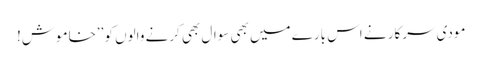
مودی سرکار نے اس بارے میں بھی سوال بھی کرنے والوں کو ’’خاموش!